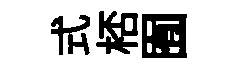
式桮囿